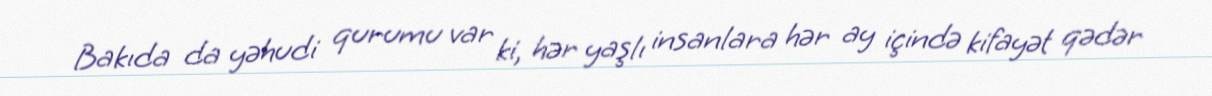
Bakıda da yəhudi qurumu var ki, hər yaşlı insanlara hər ay içində kifayət qədər